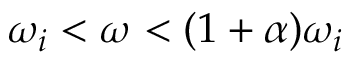
\omega _ { i } < \omega < ( 1 + \alpha ) \omega _ { i }